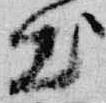
出